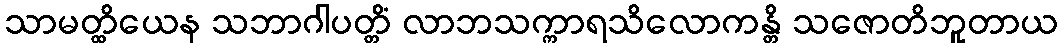
သာမတ္ထိယေန သဘာဂါပတ္တိံ လာဘသက္ကာရသိလောကန္တိ သဇောတိဘူတာယ